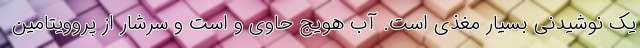
یک نوشیدنی بسیار مغذی است. آب هویج حاوی و است و سرشار از پروویتامین